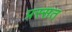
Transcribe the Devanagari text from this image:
प्रस्सत